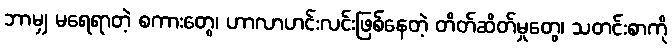
ဘာမျှ မရေရာတဲ့ စကားတွေ၊ ဟာလာဟင်းလင်းဖြစ်နေတဲ့ တိတ်ဆိတ်မှုတွေ၊ သတင်းစာကို